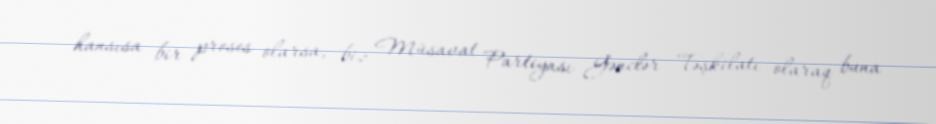
hansısa bir proses olarsa, biz Müsavat Partiyası Gənclər Təşkilatı olaraq buna